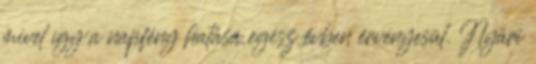
mivel így a napfény hatása egész évben érvényesül. Nyári